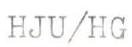
HJU/HG